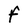
Character: F